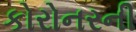
કોરોનરની